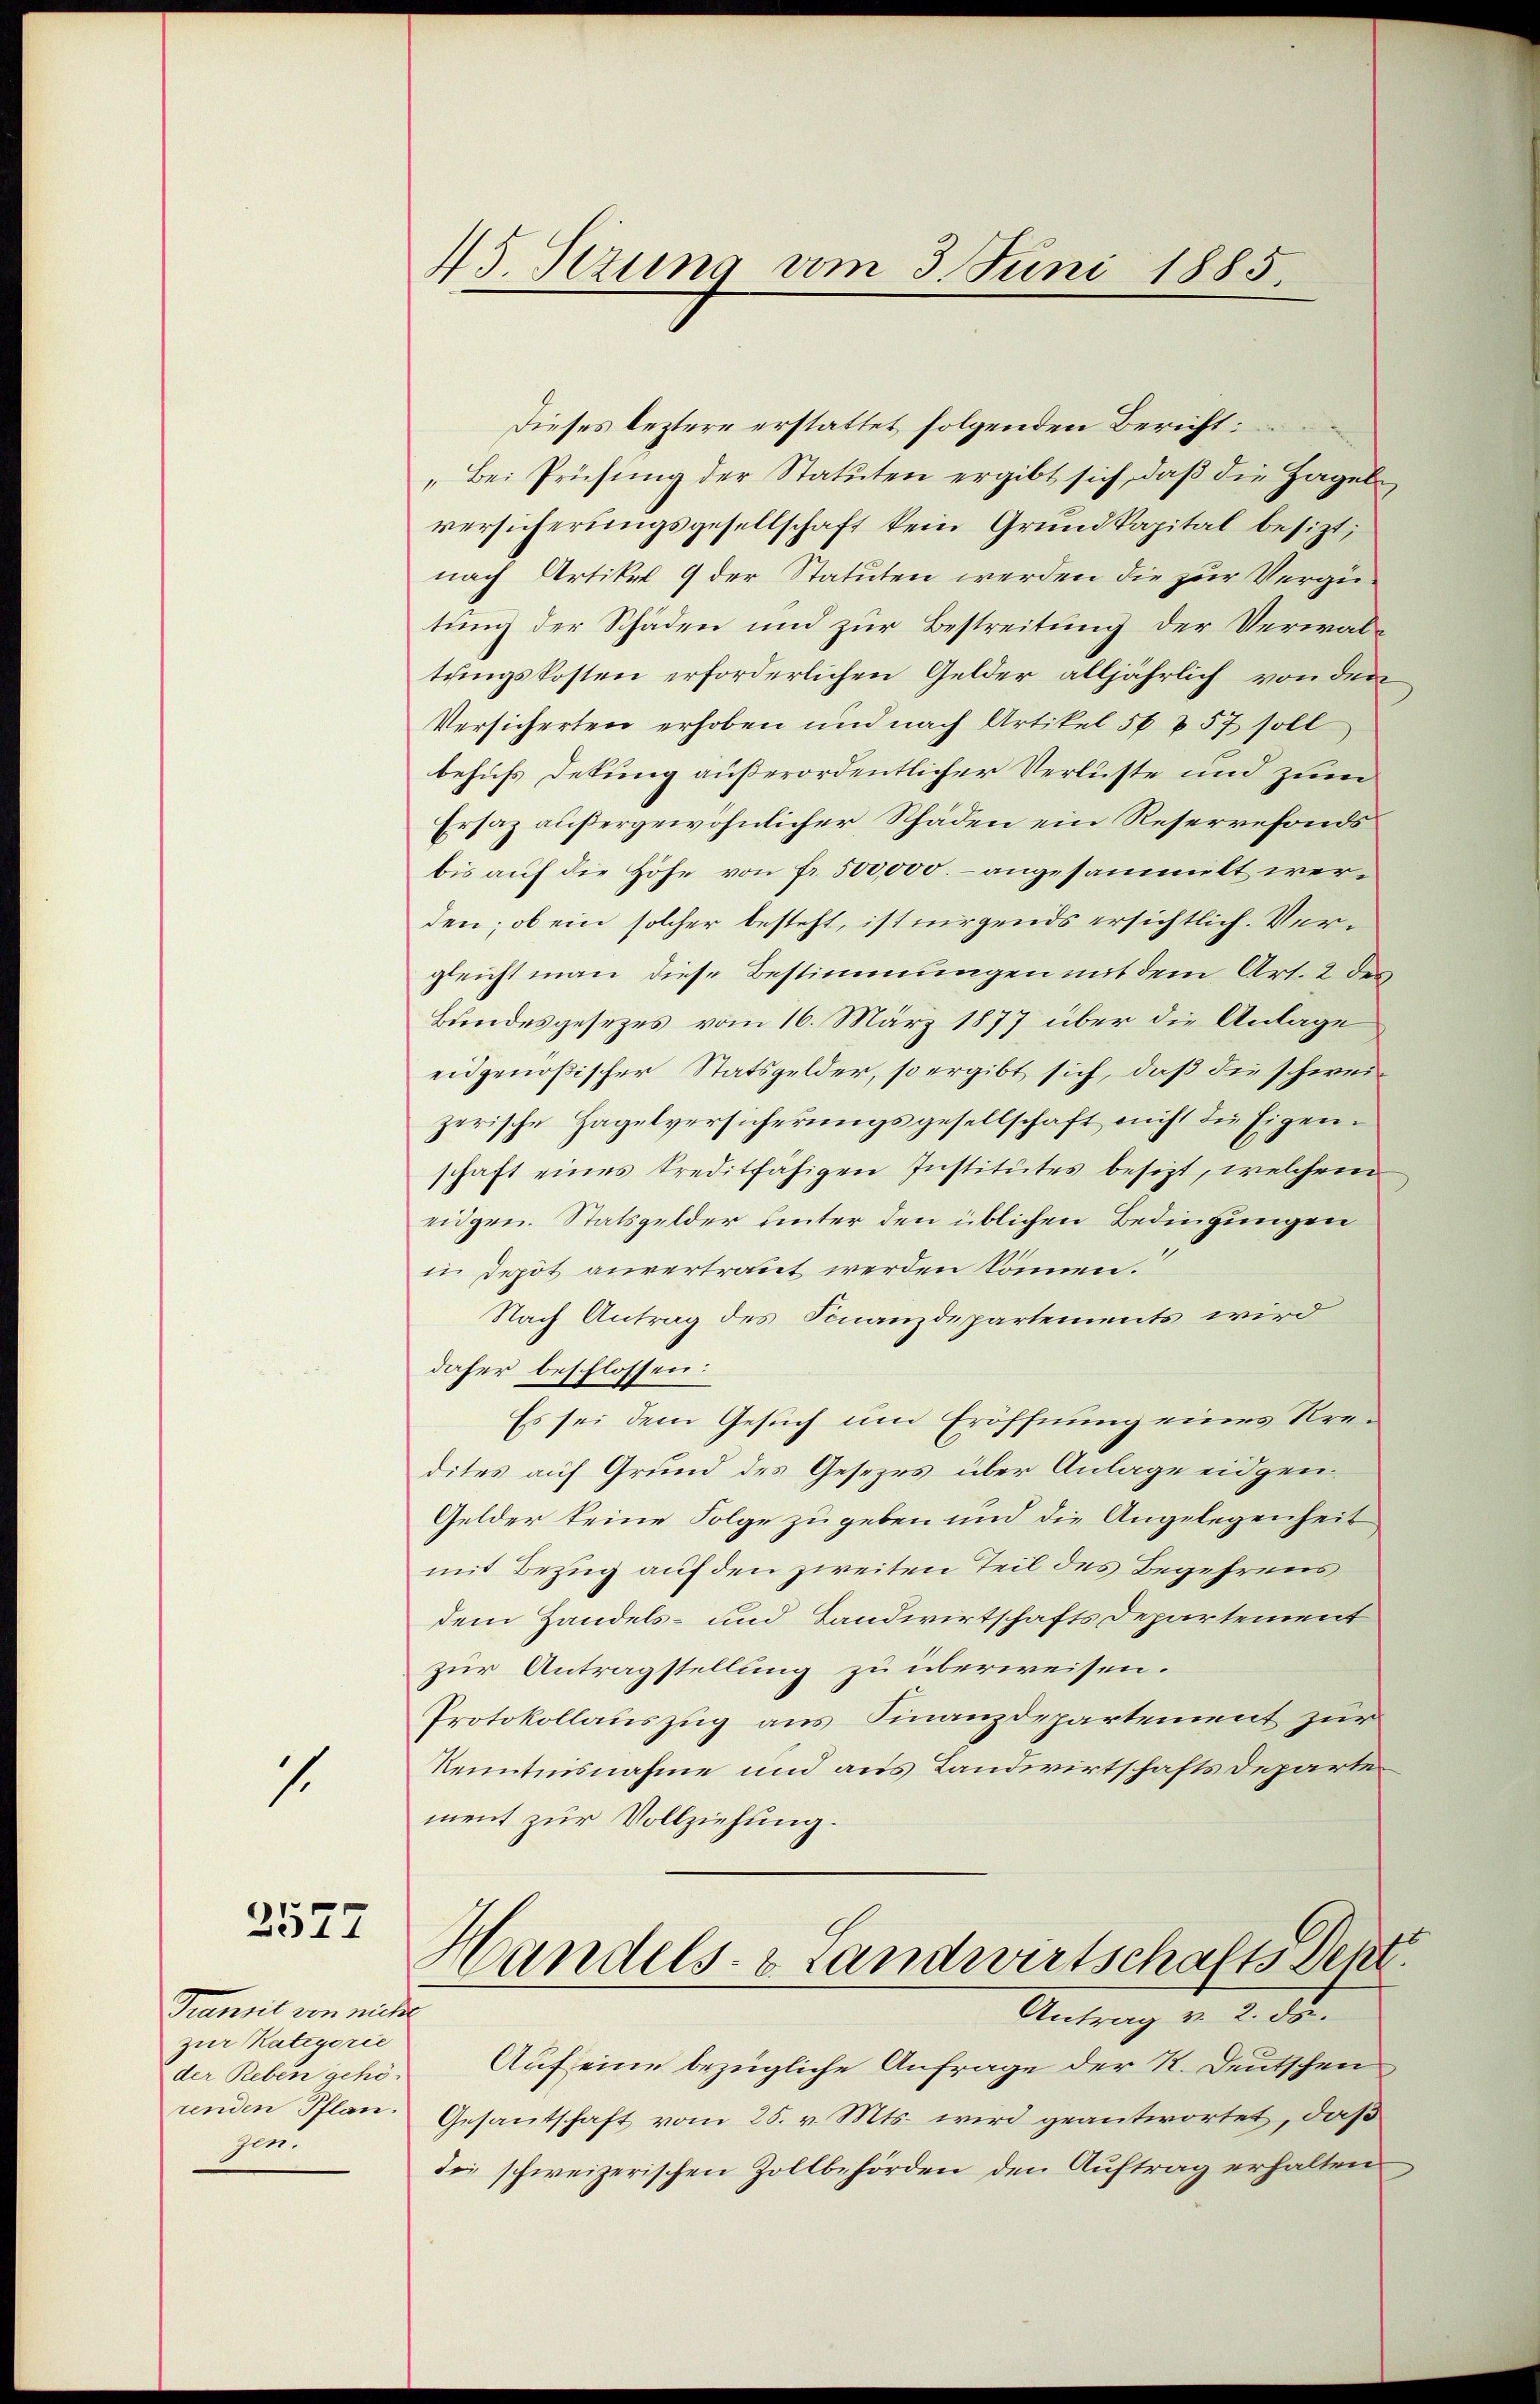
s.

2577

Premit von nicht
zur Kategorie
der Reben gehörenden Pflan.
zen.

45 Sizung vom 3. Juni 1885.

Dieses leztere erstattet folgenden Bericht:
„Bei Prüfung der Statuten ergibt sich, daß die Hagel
versicherungsgesellschaft kein Grundkapital besizt,
nach Artikel 9 der Statuten werden die zur Vergütung der Schäden und zur Bestreitung der Verwaltungskosten erforderlichen Gelder alljährlich von den
Versicherten erhoben und nach Artikel 56 § 57 soll
behufs Dekung außerordentlicher Verluste und zum
Ersaz außergewöhnlicher Schäden ein Reservefonds
bis auf die Höhe von fr. 500,000.– angesammelt werden; ob ein solcher besteht, ist nirgends ersichtlich. Vergleicht man diese Bestimmungen mit dem Art. 2 des
Bundesgesezes vom 16. März 1877 über die Anlage
eidgenößischer Statsgelder, so ergibt sich, daß die schweizerische Hagelversicherungsgesellschaft nicht die Eigenschaft eines kreditfahigen Institutes besizt, welchem
eidgen. Statsgelder hinter den üblichen Bedingungen
in Depot anvertraut werden können.“
Nach Antrag des Finanzdepartements wird
daher beschlossen:
Es sei dem Gesuch um Eröffnung eines Kredites auf Grund des Gesezes über Anlage eidgen¬
Gelder keine Folge zu geben und die Angelegenheit
mit Bezug auf den zweiten Teil des Begehrens
dem Handels- und Landwirtschafts Departement
zur Antragstellung zu überweisen.
Protokollauszug aus Finanzdepartement zur
Kenntnisnahme und aus Landwirtschafts Departe
ment zur Vollziehung.
Handels- & Landwirtschafts Dein
Antrag von 2. ds.
Auf eine bezügliche Anfrage der R. Deutschen
Gesantschaft vom 25. v. Mts. wird geantwortet, daß
dee schweizerischen Zollbehörden den Auftrag erhalten